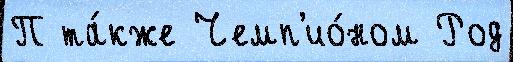
П та́кже Чемп'ио́ном Род